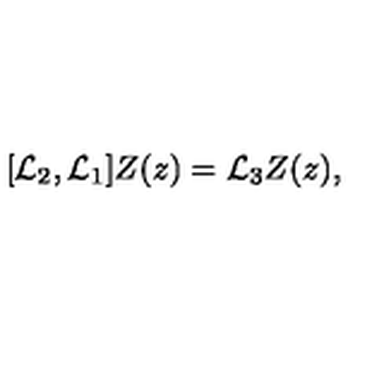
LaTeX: [ { \cal L } _ { 2 } , { \cal L } _ { 1 } ] Z ( z ) = { \cal L } _ { 3 } Z ( z ) ,